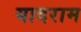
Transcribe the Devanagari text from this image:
यादराम